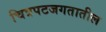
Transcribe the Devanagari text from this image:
चित्रपटजगतातील